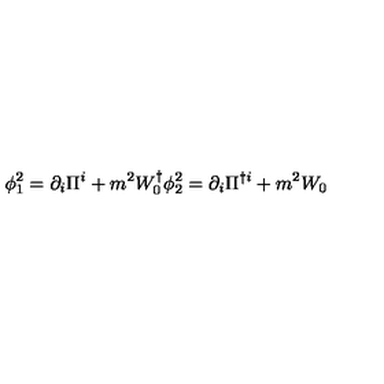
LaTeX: \phi _ { 1 } ^ { 2 } = \partial _ { i } \Pi ^ { i } + m ^ { 2 } W _ { 0 } ^ { \dagger } \phi _ { 2 } ^ { 2 } = \partial _ { i } \Pi ^ { \dagger i } + m ^ { 2 } W _ { 0 } \,